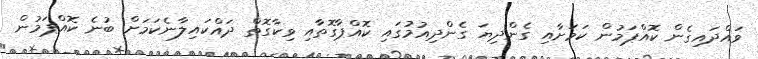
ވައްދައިގެން ކޮއްޕަމުން ކަމަށާއި ގެންދިޔަ ގެންދިއުމުގައި ކޮއްޕާގޮތާއި ވިކާގޮތް ދައްކައިލާނެކަމަށް ބުނެ ކޮއްޕަމުން